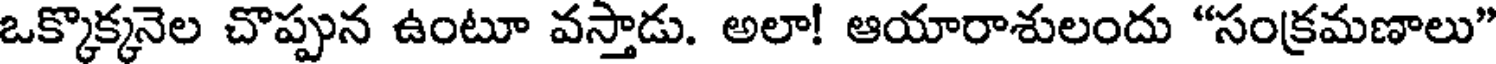
ఒక్కొక్కనెల చొప్పున ఉంటూ వస్తాడు. అలా! ఆయారాశులందు "సంక్రమణాలు"